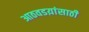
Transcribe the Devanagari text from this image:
आठवडय़ांसाठी